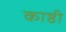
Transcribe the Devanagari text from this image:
काष्ठी